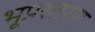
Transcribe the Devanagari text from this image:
भूप्रस्तरण